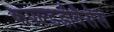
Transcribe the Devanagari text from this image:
कपल्डडीवैसेस